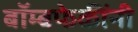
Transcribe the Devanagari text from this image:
बॉम्बफेकींनी